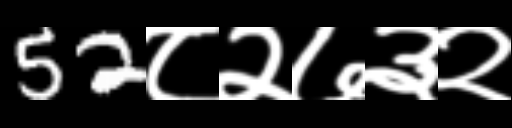
Text: 52८२७३२